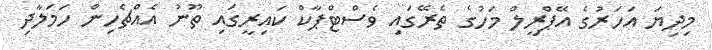
މިދިޔަ އަހަރުގެ އޭޕްރީލް މަހުގެ ތެރޭގައި ވެސްޓްޕާކް ކައިރީގައި ތޫނު އެއްޗެހިން ހަމަލާދި